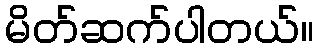
မိတ်ဆက်ပါတယ်။